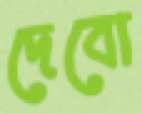
দেবো